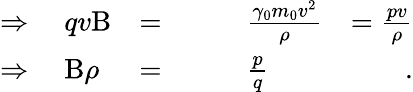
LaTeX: \begin{array}{rlrlr}{\Rightarrow\; }&{{}qv\mathrm{B}}&{=}&{{}\qquad\frac{\gamma_{0}m_{0}v^{2}}{\rho}}&{=\frac{pv}{\rho}}\\ {\Rightarrow\; }&{{}\mathrm{B}\rho}&{=}&{{}\qquad\frac{p}{q}}&{\; .}\end{array}